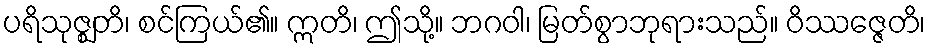
ပရိသုဇ္ဈတိ၊ စင်ကြယ်၏။ ဣတိ၊ ဤသို့။ ဘဂဝါ၊ မြတ်စွာဘုရားသည်။ ဝိဿဇ္ဇေတိ၊